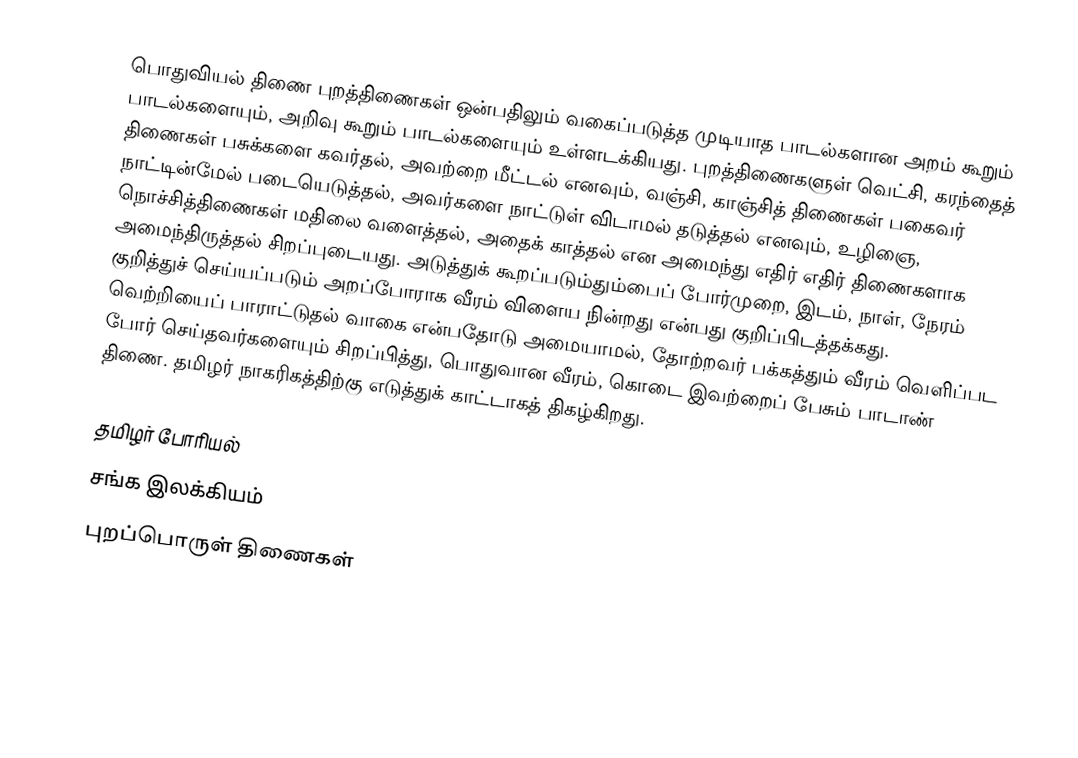
பொதுவியல் திணை புறத்திணைகள் ஒன்பதிலும் வகைப்படுத்த முடியாத பாடல்களான அறம் கூறும் பாடல்களையும், அறிவு கூறும் பாடல்களையும் உள்ளடக்கியது.  புறத்திணைகளுள் வெட்சி, கரந்தைத் திணைகள் பசுக்களை கவர்தல், அவற்றை மீட்டல் எனவும், வஞ்சி, காஞ்சித் திணைகள் பகைவர் நாட்டின்மேல் படையெடுத்தல், அவர்களை நாட்டுள் விடாமல் தடுத்தல் எனவும், உழிஞை, நொச்சித்திணைகள் மதிலை வளைத்தல், அதைக் காத்தல் என அமைந்து எதிர் எதிர் திணைகளாக அமைந்திருத்தல் சிறப்புடையது. அடுத்துக் கூறப்படும்தும்பைப் போர்முறை, இடம், நாள், நேரம் குறித்துச் செய்யப்படும் அறப்போராக வீரம் விளைய நின்றது என்பது குறிப்பிடத்தக்கது. வெற்றியைப் பாராட்டுதல் வாகை என்பதோடு அமையாமல், தோற்றவர் பக்கத்தும் வீரம் வெளிப்பட போர் செய்தவர்களையும் சிறப்பித்து, பொதுவான வீரம், கொடை இவற்றைப் பேசும் பாடாண் திணை. தமிழர் நாகரிகத்திற்கு எடுத்துக் காட்டாகத் திகழ்கிறது.

தமிழர் போரியல்
சங்க இலக்கியம்
புறப்பொருள் திணைகள்